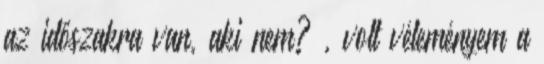
az időszakra van, aki nem? , volt véleményem a